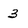
Character: 3